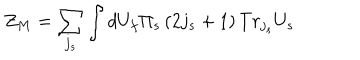
Z _ { M } = \sum _ { j _ { s } } \int d U _ { f } \Pi _ { s } \left( 2 j _ { s } + 1 \right) T r _ { j _ { s } } U _ { s }